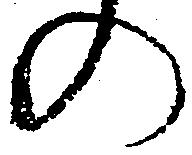
の